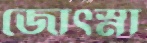
জোত্স্না